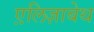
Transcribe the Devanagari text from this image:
एलि़ज़ाबेथ